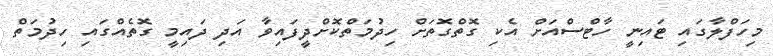
މިހަފްލާގައި ޓައިނީ ހާޓްސްއަށް އެކި ގޮތްގޮތަށް ހިދުމަތްކޮށްދީފައިވާ އަދި ދައިމީ ގޮތެއްގައި ހިދުމަތް